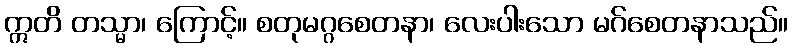
ဣတိ တသ္မာ၊ ကြောင့်။ စတုမဂ္ဂစေတနာ၊ လေးပါးသော မဂ်စေတနာသည်။